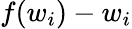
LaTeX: f(w_{i})-w_{i}